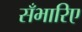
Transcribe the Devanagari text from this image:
सँभारिए